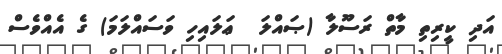
އަދި ކީރިތި މާތް ރަސޫލާ (ޞައްލަ  ޢަލައިހި ވަސައްލަމަ) ގެ އެއްވެސް